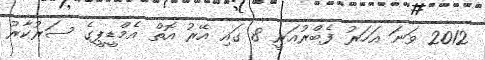
2012 ވަނަ އަހަރު ފެބްރުއަރީ 8 ގައި އޭރު އޮތް އެމްޑީޕީގެ ސަރުކާރު